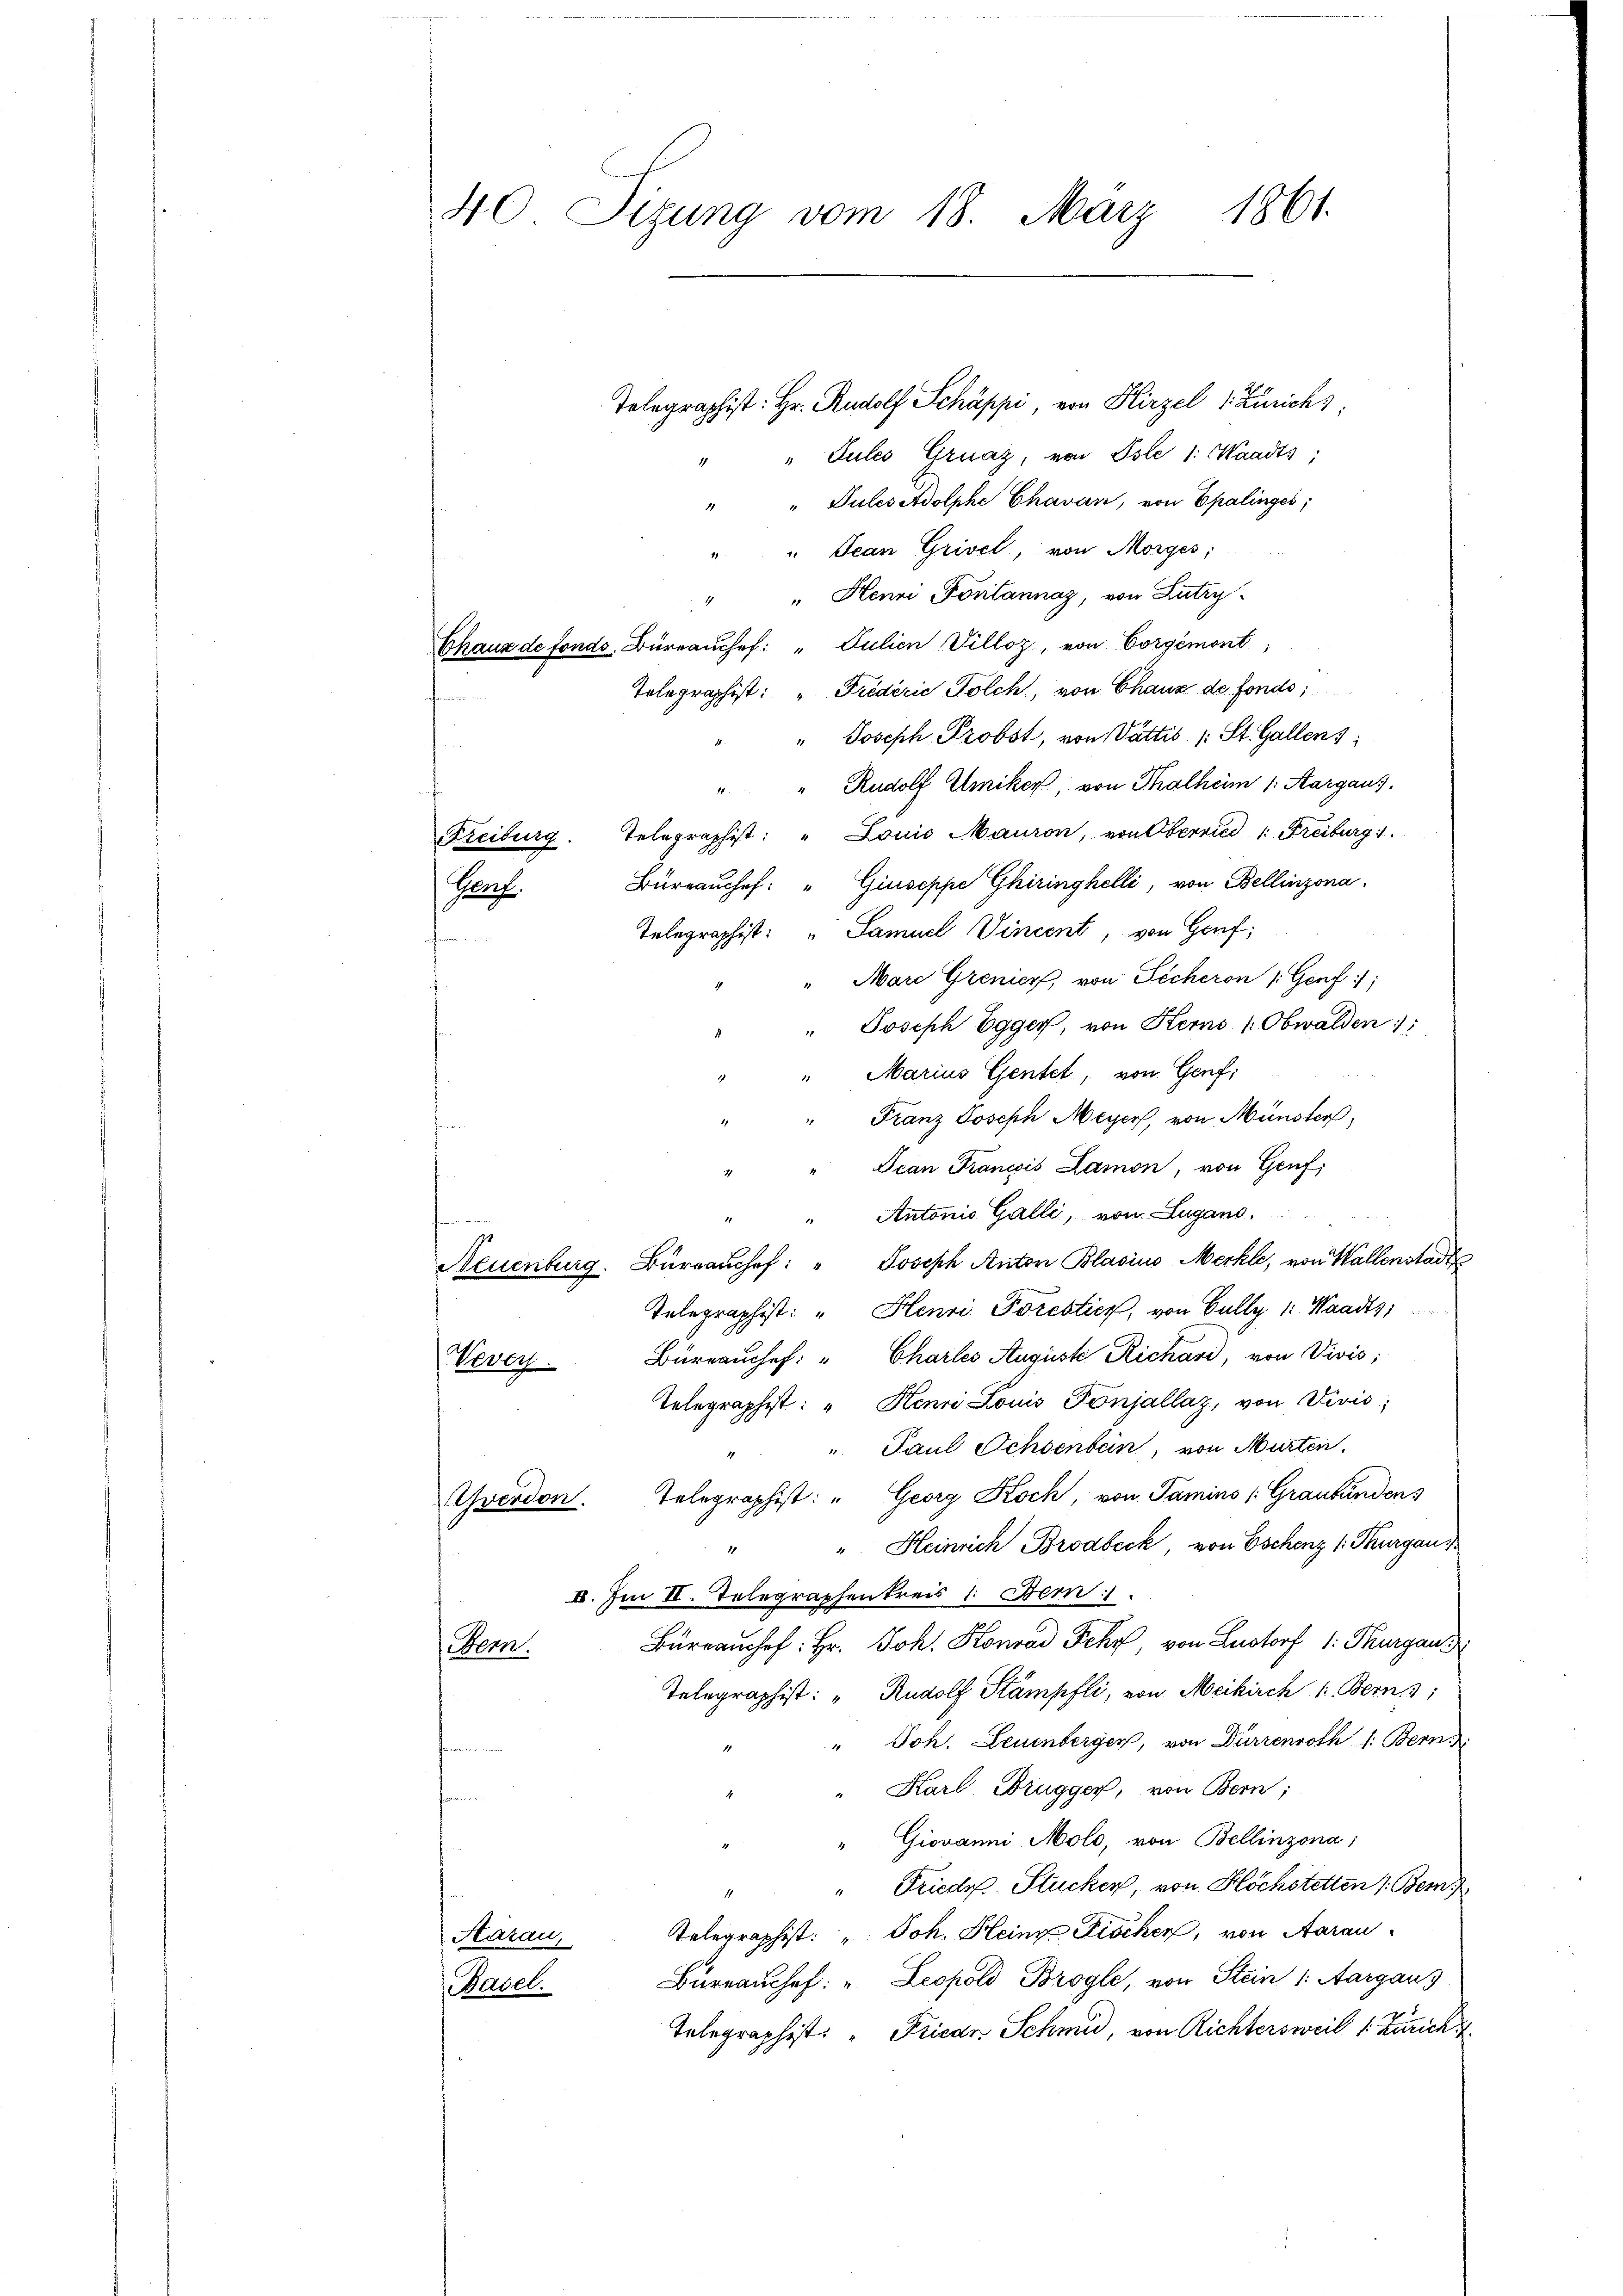
40 Sizung vom 18. März 1861.

"Gules Gruaz, von Isle 1: Waadts;
" Pulesedolphe Chavan, von Epalinges;
" Jean Grivel, von Morges;
" " Henri Pontannaz, von Lutry
Chaux de fonds. Büreauche: " Julien Villoz, von Corgémont,
Telegraphist: " Friderie Polch, von Chaux de fonds;
" Joseph Probst, von Vattis /: St. Gallen;
n
Rudolf Amiker, von Thalheim 1. Aargaus
Telegraphist: " Louis Mauron, von Oberried 1. Freiburg 1
Freiburg.
Büreaushef: " Giuseppe Ghiringhelli, von Bellinzona.
Porf.
Telegraphist: „Samuel Vincent, von Genf;
"Mare Grenier, von Sicheron Genf 1;
" Joseph Egger, von Kerns /: Obwalden 1:
Marius Gentet, von Genf;
Franz Joseph Meyer, von Münster,
Jean Francois Lamon, von Genf,
Antonis Galli, von Lugano.
Neuenburg. Büreaŭshef: " Joseph Anton Blasius Meckle, von Wallenstadt
Telegraphist: " Henri Porestier, von Gully 1: Waadts
Bureauchef: " Charles Auguste Richard, von Vivis;
Vevey
Telegraphist: " Henri Louis Fonjallaz, von Divis;
" Paul Achsenbein, von Murten.
11
Yverdon. Telegraphist: " Georg Koch, von Famins (Graubündens
" Heinrich Brodbeck von Eschenz /: Thurgau
1
IV. Im II. Telegraphenkreis 1. Ber
Bürrauchf: Hr. Joh. Konrad Fehr, von Lustorf 1: Thurgau
Bonn.
Telegraphist: "Rudolf Stämpfli, von Meikirch k. Bern 3:
Joh. Leuenbergen, von Dürrenroth 1: Bern
Karl Brugger, von Bern;
" Giovanni, Molo, von Bellinzona;
“ Friede Stücken, von Höchstetten 1. Bem
Telegraphist: " Joh. Heinz Fischer, von Aarau
Harau,
Büreaushef: " Leopold Brogle, von Stein /: Aargaus
Basel.
Telegraphist: " Fricar Schmid, von Richtersweil 1. Zürich

Telegraphist: Hr. Rudolf Schäppi, von Hirzel 1. Zürichs